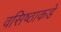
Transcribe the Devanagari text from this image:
वसिष्ठाकडे